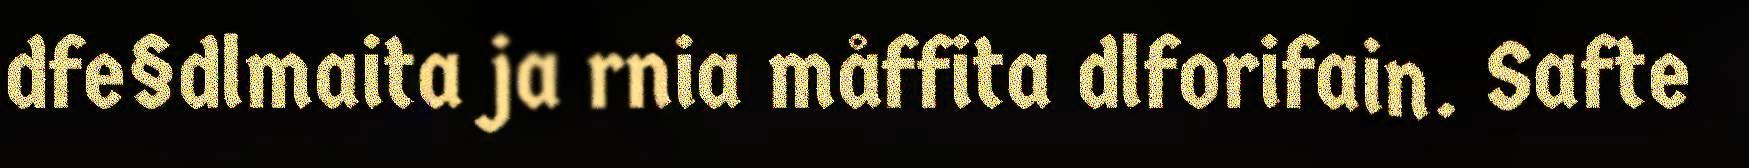
dfe§dlmaita ja rnia måffita dlforifain. Safte